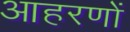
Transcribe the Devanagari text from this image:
आहरणों